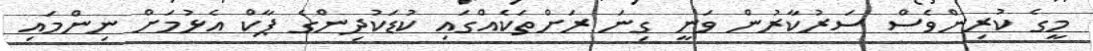
މީގެ ކުރިންވެސް ސަރުކާރުން ވަނީ ގިނަ ރަށްތަކެއްގައި ކުޑަކުދިންގެ ޕާކް އެޅުމަށް ނިންމައި